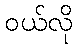
ဝယ်လို